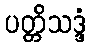
ပတ္တိသဒ္ဒံ